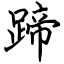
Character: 蹄